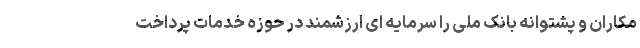
مکاران و پشتوانه بانک ملی را سرمایه ای ارزشمند در حوزه خدمات پرداخت